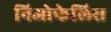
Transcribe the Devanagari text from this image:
निओफेलिस